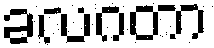
ခလဂတာ